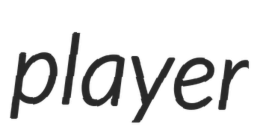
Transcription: player